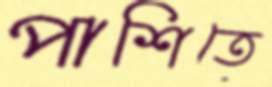
পাশিতে